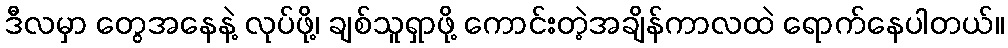
ဒီလမှာ တွေအနေနဲ့ လုပ်ဖို့၊ ချစ်သူရှာဖို့ ကောင်းတဲ့အချိန်ကာလထဲ ရောက်နေပါတယ်။